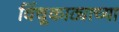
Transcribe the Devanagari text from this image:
विंचूकाट्याच्या